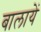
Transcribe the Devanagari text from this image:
बालायें